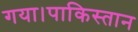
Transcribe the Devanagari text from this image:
गया।पाकिस्तान